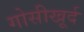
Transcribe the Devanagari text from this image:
गोसीखूर्द